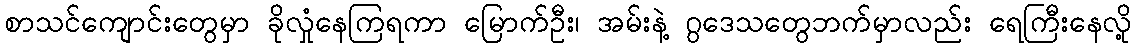
စာသင်ကျောင်းတွေမှာ ခိုလှုံနေကြရကာ မြောက်ဦး၊ အမ်းနဲ့ ဂွဒေသတွေဘက်မှာလည်း ရေကြီးနေလို့